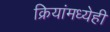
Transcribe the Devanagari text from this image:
क्रियांमध्येही